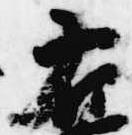
右